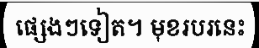
ផ្សេងៗទៀត។ មុខរបរនេះ